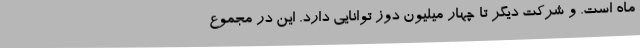
ماه است. و شرکت دیگر تا چهار میلیون دوز توانایی دارد. این در مجموع